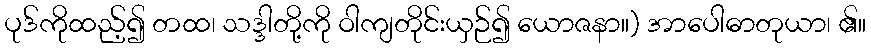
ပုဒ်ကိုထည့်၍ တထ၊ သဒ္ဒါတို့ကို ဝါကျတိုင်းယှဉ်၍ ယောဇနာ။) အာပေါဓာတုယာ၊ ၏။